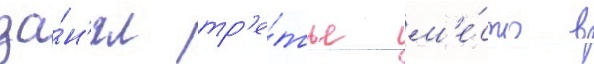
за́н'ял тр'е́тье м'е́сто в